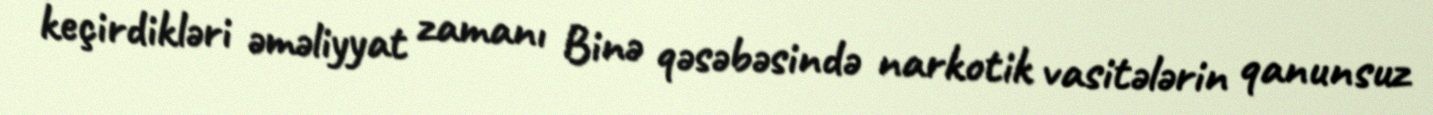
keçirdikləri əməliyyat zamanı Binə qəsəbəsində narkotik vasitələrin qanunsuz